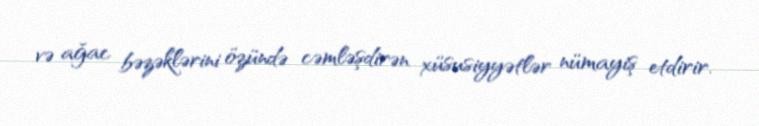
və ağac bəzəklərini özündə cəmləşdirən xüsusiyyətlər nümayiş etdirir.